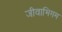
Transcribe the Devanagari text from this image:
जीवाभिगम